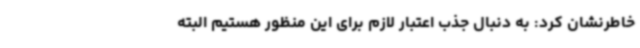
خاطرنشان کرد: به دنبال جذب اعتبار لازم برای این منظور هستیم البته